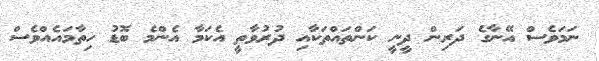
ނަމަވެސް އޭނާގެ ދަރިން ދީނީ ކަންތައްތަކާއި ދުރުވާތީ އެކަމާ އެންމެ ބޮޑު ހިތާމައެއްވެސް